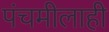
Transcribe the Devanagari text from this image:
पंचमीलाही